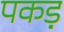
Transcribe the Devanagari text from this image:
पकड़़